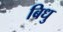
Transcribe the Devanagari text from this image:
बिधु